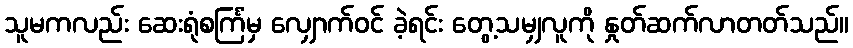
သူမကလည်း ဆေးရုံစင်္ကြံမှ လျှောက်ဝင် ခဲ့ရင်း တွေ့သမျှလူကို နှုတ်ဆက်လာတတ်သည်။